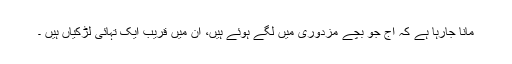
مانا جارہا ہے کہ آج جو بچے مزدوری میں لگے ہوئے ہیں، ان میں قریب ایک تہائی لڑکیاں ہیں ۔